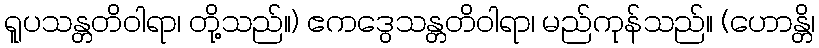
ရူပသန္တတိဝါရာ၊ တို့သည်။) ဧကဒွေသန္တတိဝါရာ၊ မည်ကုန်သည်။ (ဟောန္တိ၊